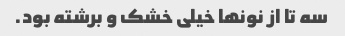
سه تا از نونها خیلی خشک و برشته بود.